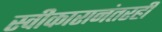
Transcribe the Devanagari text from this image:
स्वीकारानंतरही